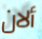
ألان